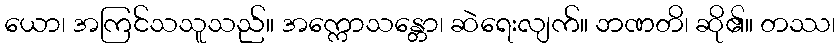
ယော၊ အကြင်သသူသည်။ အက္ကောသန္တော၊ ဆဲရေးလျက်။ ဘဏတိ၊ ဆို၏။ တဿ၊